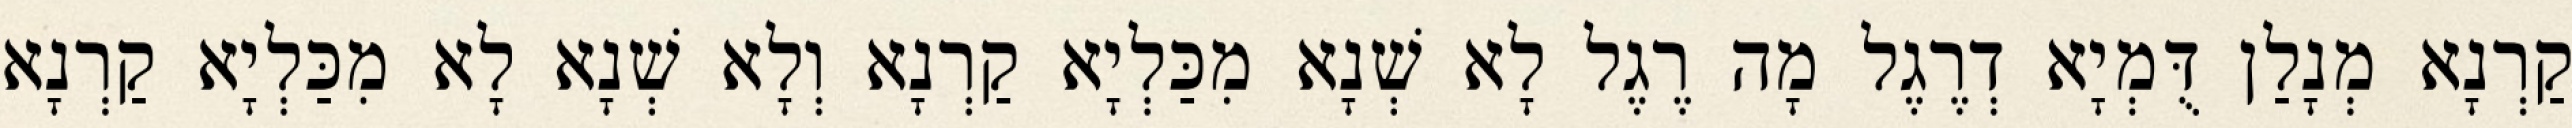
קַרְנָא מְנָלַן דֻּמְיָא דְרֶגֶל מָה רֶגֶל לָא שְׁנָא מִכַּלְיָא קַרְנָא וְלָא שְׁנָא לָא מִכַּלְיָא קַרְנָא